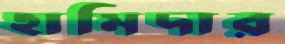
হামিদার